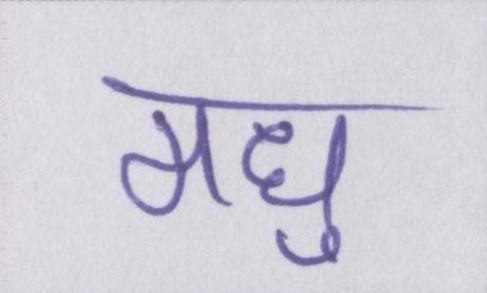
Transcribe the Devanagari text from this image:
मधु